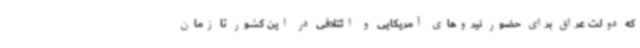
که دولت عراق برای حضور نیروهای آمریکایی و ائتلافی در این کشور تا زمان